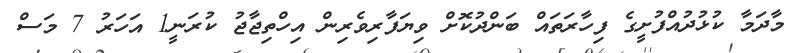
މާދަމާ ކުޅުދުއްފުށީގެ ފިހާރަތައް ބަންދުކޮށް ވިޔަފާރިވެރިން އިހްތިޖާޖު ކުރަނީ1 އަހަރު 7 މަސް